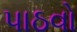
પાઠવો